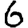
Digit: 6